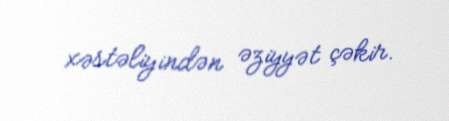
xəstəliyindən əziyyət çəkir.